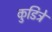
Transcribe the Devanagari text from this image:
कुडित्रे